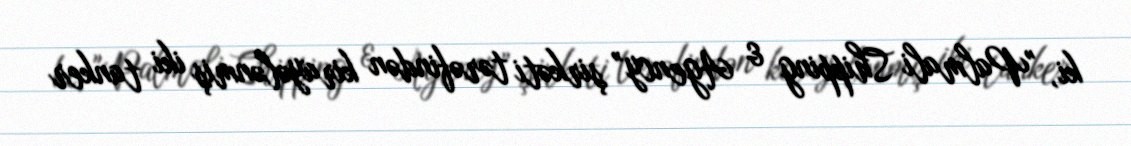
ki, "Palmali Shipping & Agency” şirkəti tərəfindən kirayələnmiş iki tanker